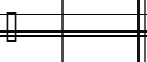
٤